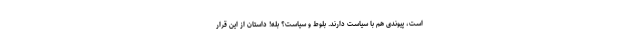
است، پیوندی هم با سیاست دارند. بلوط و سیاست؟ بله! داستان از این قرار